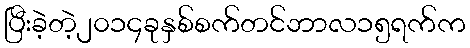
ပြီးခဲ့တဲ့၂၀၁၄ခုနှစ်စက်တင်ဘာလ၁၅ရက်က